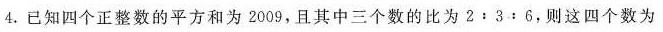
4.已知四个正整数的平方和为2009，且其中三个数的比为$$2：3：6$$，则这四个数为